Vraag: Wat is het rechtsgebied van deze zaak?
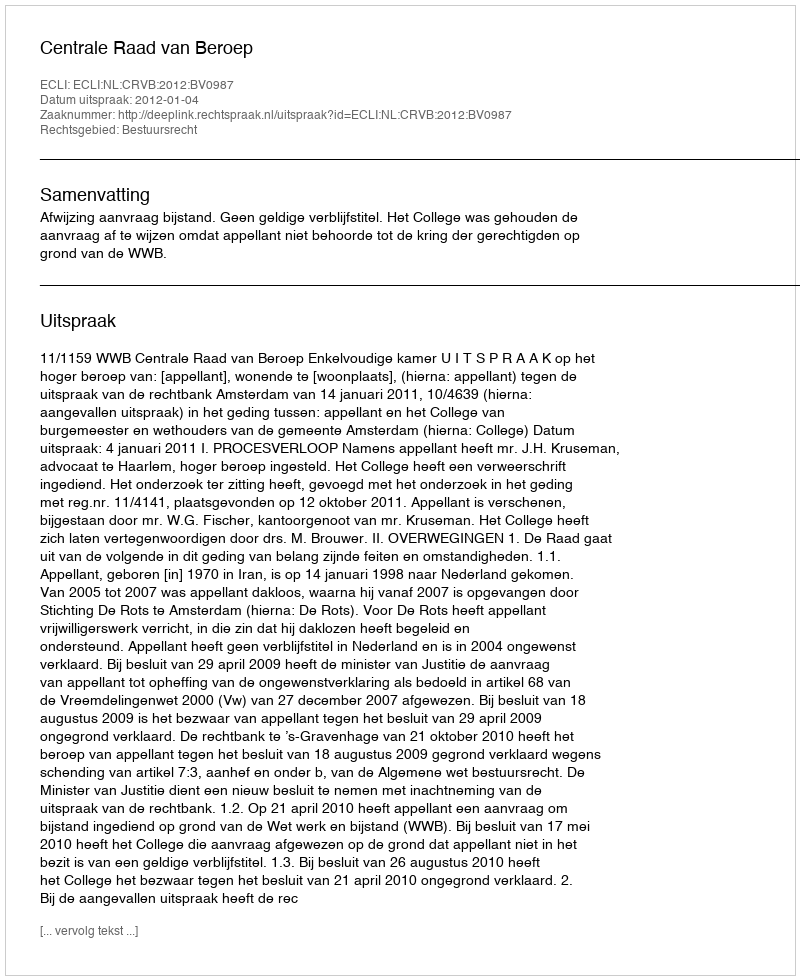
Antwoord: Bestuursrecht